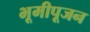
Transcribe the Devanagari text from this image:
भूमीपूजन